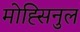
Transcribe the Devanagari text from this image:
मोह्सिनुल